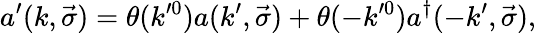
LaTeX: a^{\prime}(k,\vec{\sigma})=\theta(k^{\prime 0})a(k^{\prime},\vec{\sigma})+\theta(-k^{\prime 0})a^{\dagger}(-k^{\prime},\vec{\sigma}),